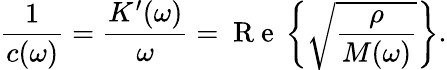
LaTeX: \frac{1}{c(\omega)}=\frac{K^{\prime}(\omega)}{\omega}=\mathrm{~R~e~}\left\{ \sqrt{\frac{\rho}{M(\omega)}}\right\} .